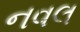
નવલ